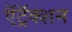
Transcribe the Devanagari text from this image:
ऍट्रॅक्शन